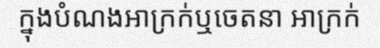
ក្នុងបំណងអាក្រក់ឬចេតនា អាក្រក់